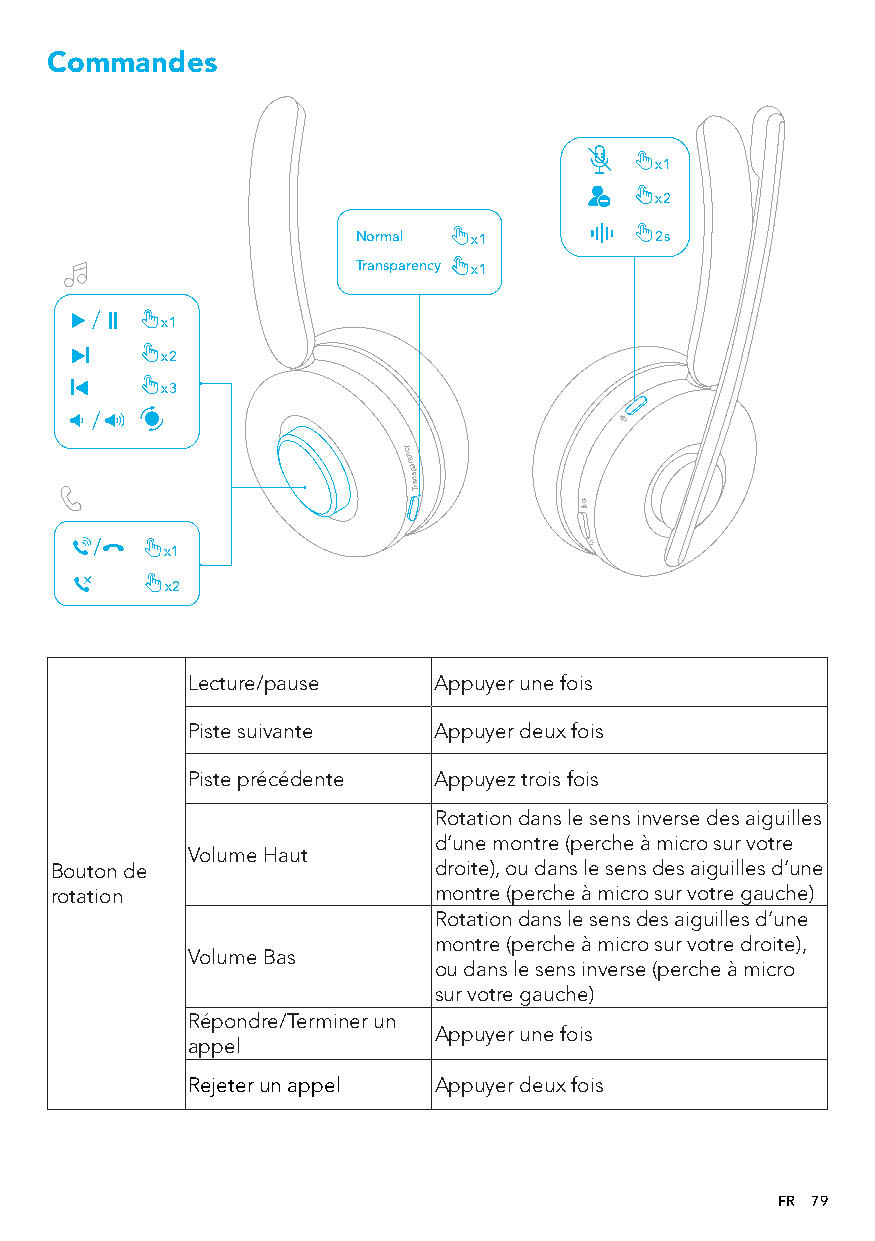
Commandes
 x1
 x2
 Normal x1          2s
 Transparency x1
 x1
 x2
 x3
 x x1
 2
 ycnerapsnarT
 Lecture/pause    Appuyer une fois
 Piste suivante   Appuyer deux fois
 Piste précédente Appuyez trois fois
 Rotation dans le sens inverse des aiguilles
 d’une montre (perche à micro sur votre
 Volume Haut
 Bouton de                 droite), ou dans le sens des aiguilles d’une
 rotation                  montre (perche à micro sur votre gauche)
 Rotation dans le sens des aiguilles d’une
 montre (perche à micro sur votre droite),
 Volume Bas
 ou dans le sens inverse (perche à micro
 sur votre gauche)
 Répondre/Terminer un
 Appuyer une fois
 appel
 Rejeter un appel Appuyer deux fois
 FR 79